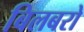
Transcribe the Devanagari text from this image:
बिलबरो